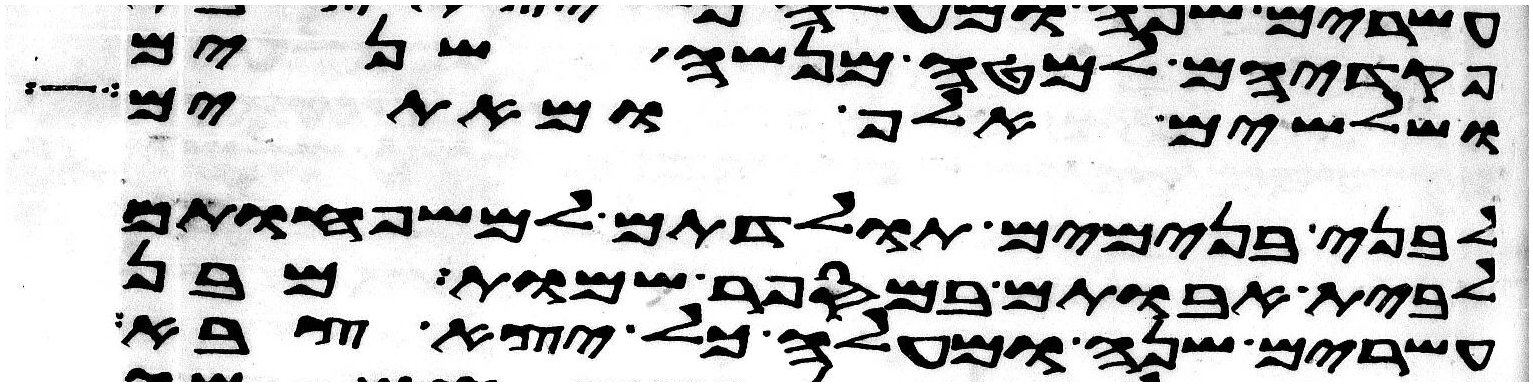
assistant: פקדיהם למטה מנשה שנים
ושלשים אלף ומאתים
לבני בנימים תולדתם למשפחותם
לבית אבותם במספר שמות מבן
עשרים שנה ומעלה כל יצא צבא